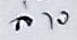
ล่าง